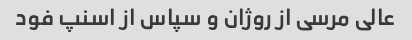
عالی مرسی از روژان و سپاس از اسنپ فود